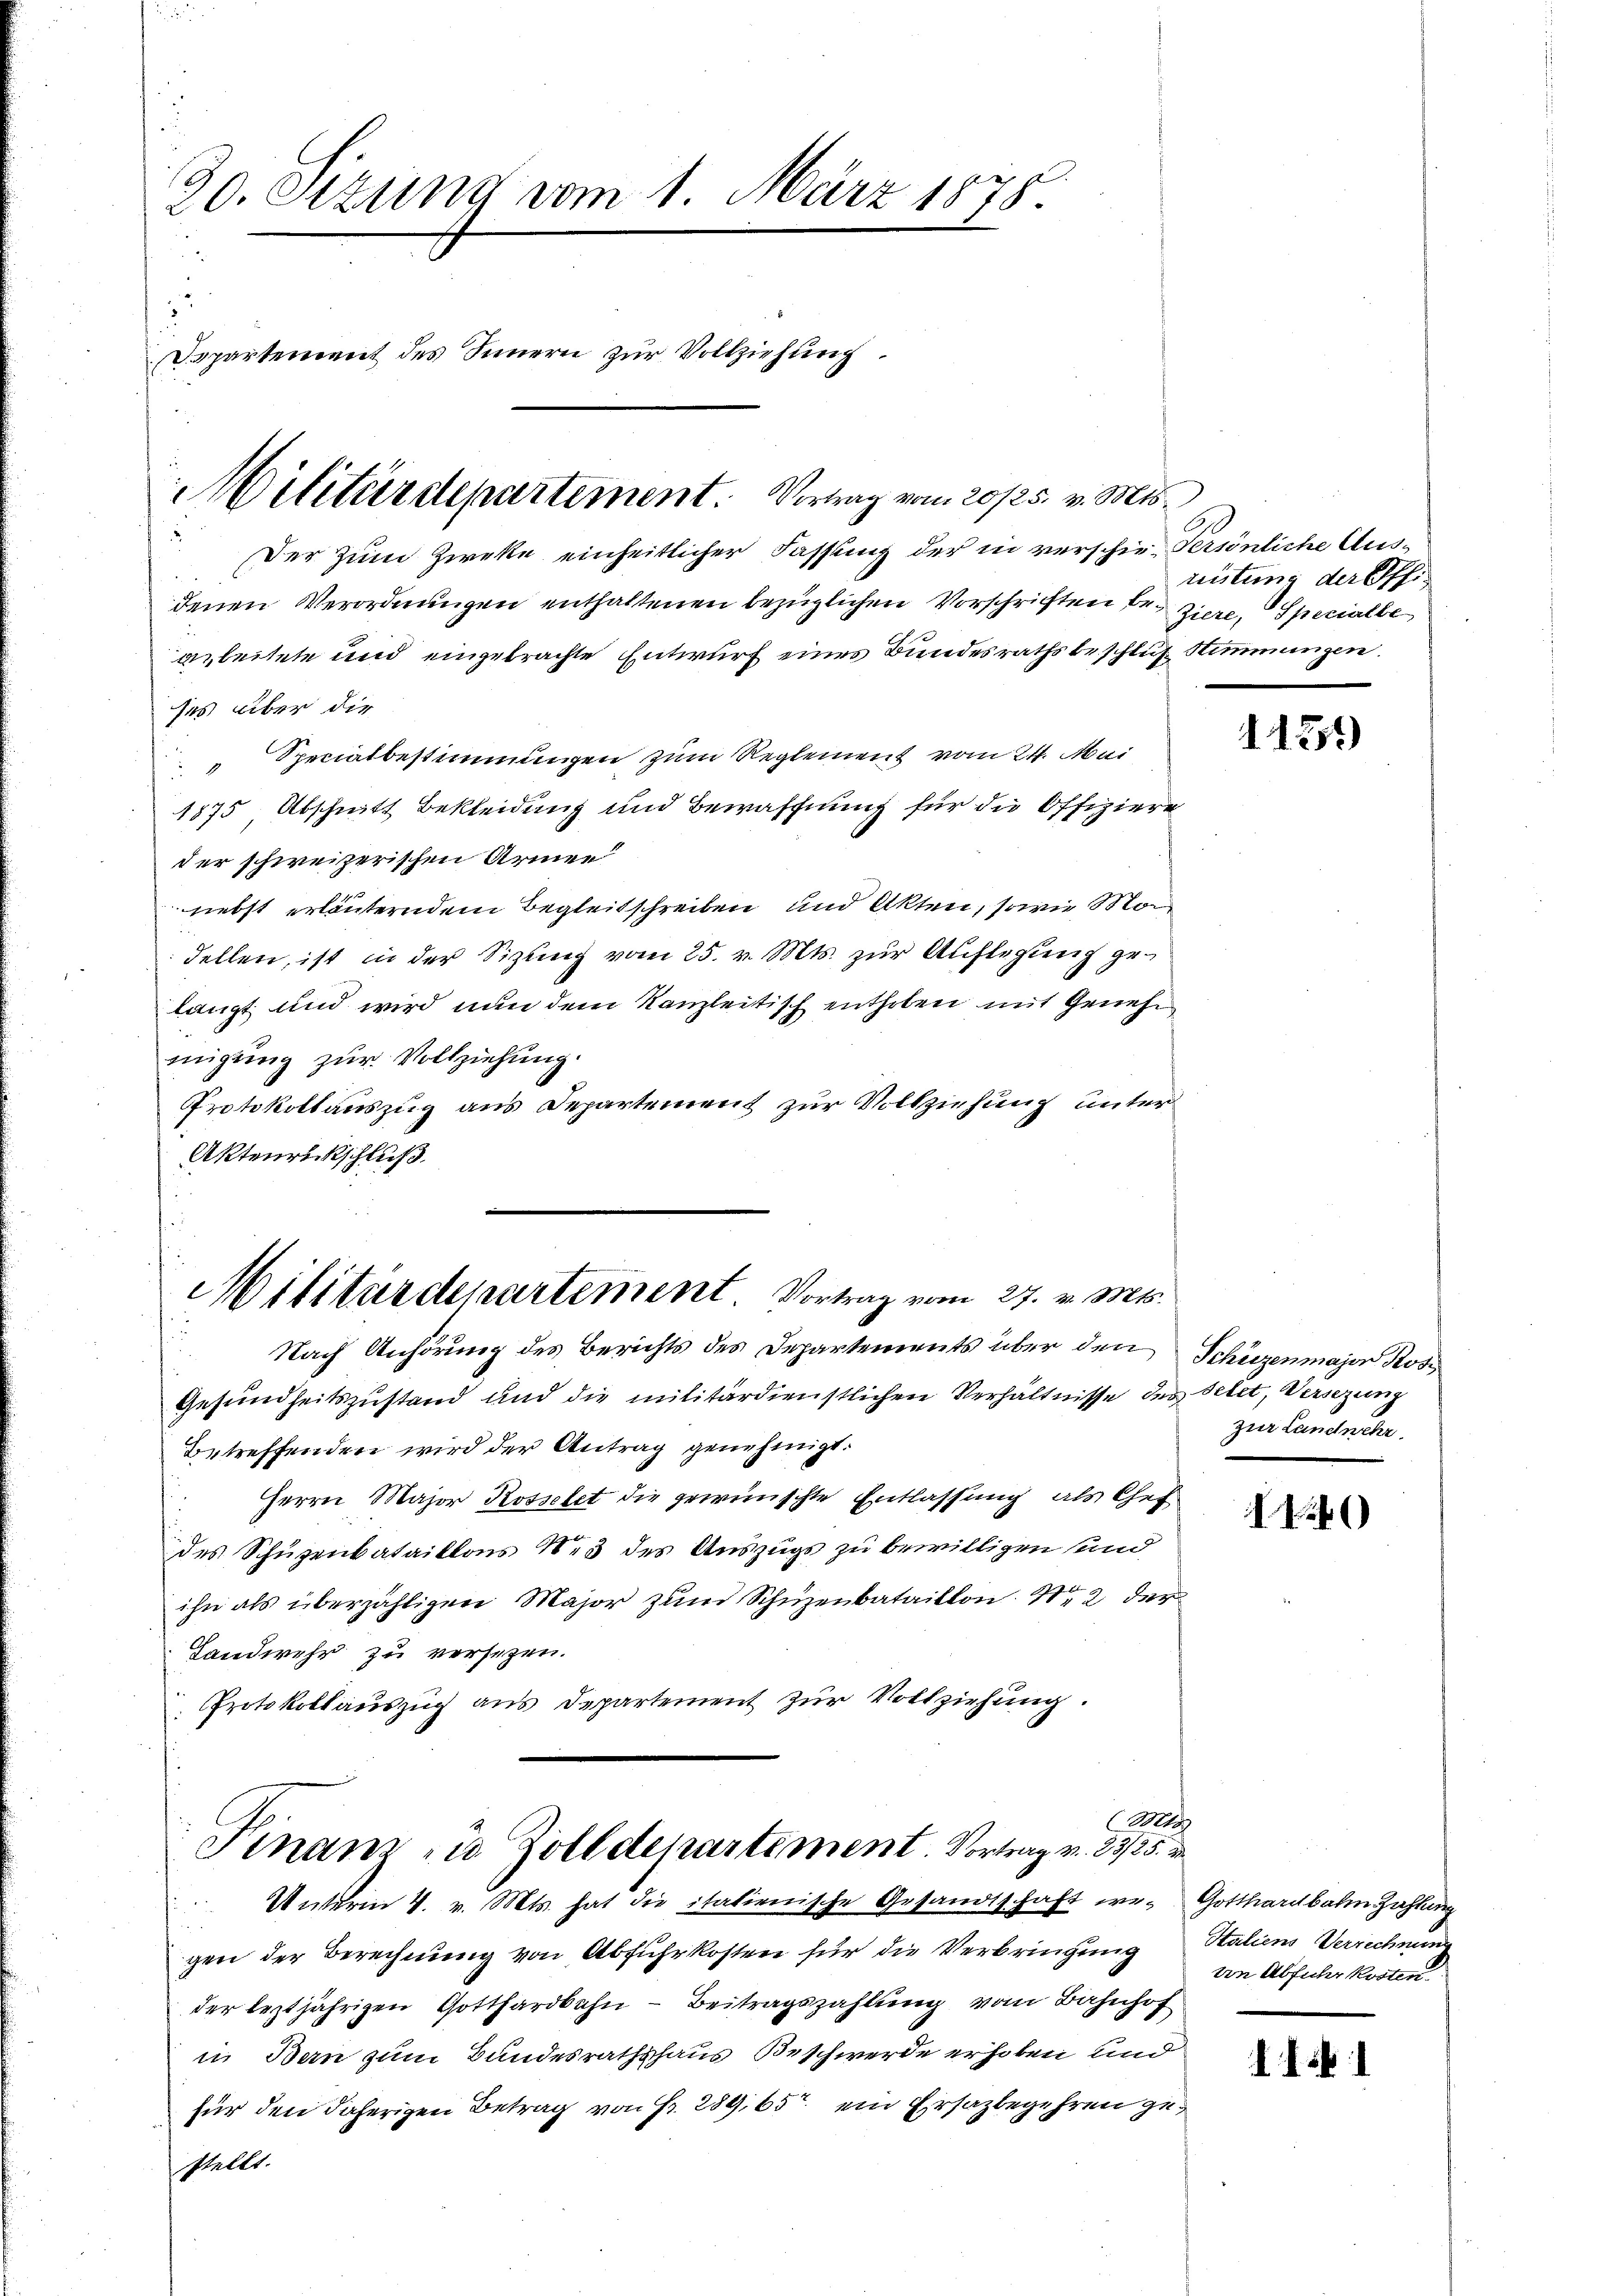
20. Stzung vom 1. März 1875.
Dapartement des Innern zur Vollziehung.

Der Zum Zwecke einheitlicher Fassung der in verschien Persönliche Ausdenen Verordnungen enthaltenen bezüglichen Vorschriften beziere, Specialbe
agleitete und eingebrachte Entwurf eines Bundesrathsbeschluß Stimmungen.
ses über die
Speciatbestimmungen zum Reglement vom 24. Mai
1875 Abschnitt Bekleidung und Bewaffnung für die Offiziere
der schweizerischen Armen
nebst erläuterndem Begleitschreiben und Akten, sowie Mo
Fellen, ist in der Sizung vom 25. v. Mts. zur Auflegung gelangt und wird nun dem Kanzleitisch enthoben mit Genehmigung zur Vollziehung.
Protokollauszug aus Departement zur Vollziehung unter
Aktenrückschluß

Militärdepartement. Vortrag vom 20/25. v. Mts.

Militärdepartement Vortrag vom 27. v. Mts.

Finam zu Zolldepartement. Vortrag v. 25/25.
Unterm 4. v. Mts. hat die italienische Gesandtschaft er- Gotthardbahn Zahlung

ristung der Offi¬

Nach Anhörung des Berichts des Departements über den Schüzenmajor Kos¬
Gesundheitszustand und die militärdienstlichen Verhältnisse des Petet, Versezung
Betreffenden wird der Antrag genehmigt.
Herrn Major Rosselet die gewünschte Entlassung als Chef
des Schüzenbataillons N. 3 des Auszugs zu bewilligen sind
ihn als überzähligen Major zum Schüzenbataillon 42 der
Landwehr zu versetzen.
Protokollauszug aus Departement zur Vollziehung.

(Ma

gen der Berechnung von Abfuhrkosten für die Verbringung
der leztjährigen Gotthardbahn - Beitragszahlung vom Bahnhof
in Bern zum Bundesrathshaus Beschwerde erhoben und
für den daherigen Betrag von Fr. 289,65 ein Ersazbegehren gestellt.

11355)

zur Landnehr.

II.46)

Italiens Verrechnung
vin Abfuhr kosten.

.